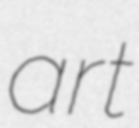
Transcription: art